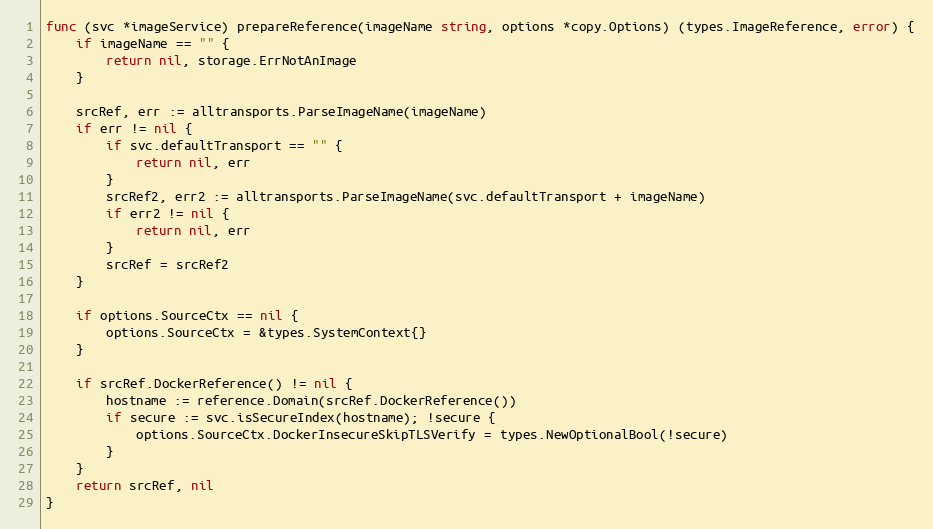
Language: Go
func (svc *imageService) prepareReference(imageName string, options *copy.Options) (types.ImageReference, error) {
	if imageName == "" {
		return nil, storage.ErrNotAnImage
	}

	srcRef, err := alltransports.ParseImageName(imageName)
	if err != nil {
		if svc.defaultTransport == "" {
			return nil, err
		}
		srcRef2, err2 := alltransports.ParseImageName(svc.defaultTransport + imageName)
		if err2 != nil {
			return nil, err
		}
		srcRef = srcRef2
	}

	if options.SourceCtx == nil {
		options.SourceCtx = &types.SystemContext{}
	}

	if srcRef.DockerReference() != nil {
		hostname := reference.Domain(srcRef.DockerReference())
		if secure := svc.isSecureIndex(hostname); !secure {
			options.SourceCtx.DockerInsecureSkipTLSVerify = types.NewOptionalBool(!secure)
		}
	}
	return srcRef, nil
}